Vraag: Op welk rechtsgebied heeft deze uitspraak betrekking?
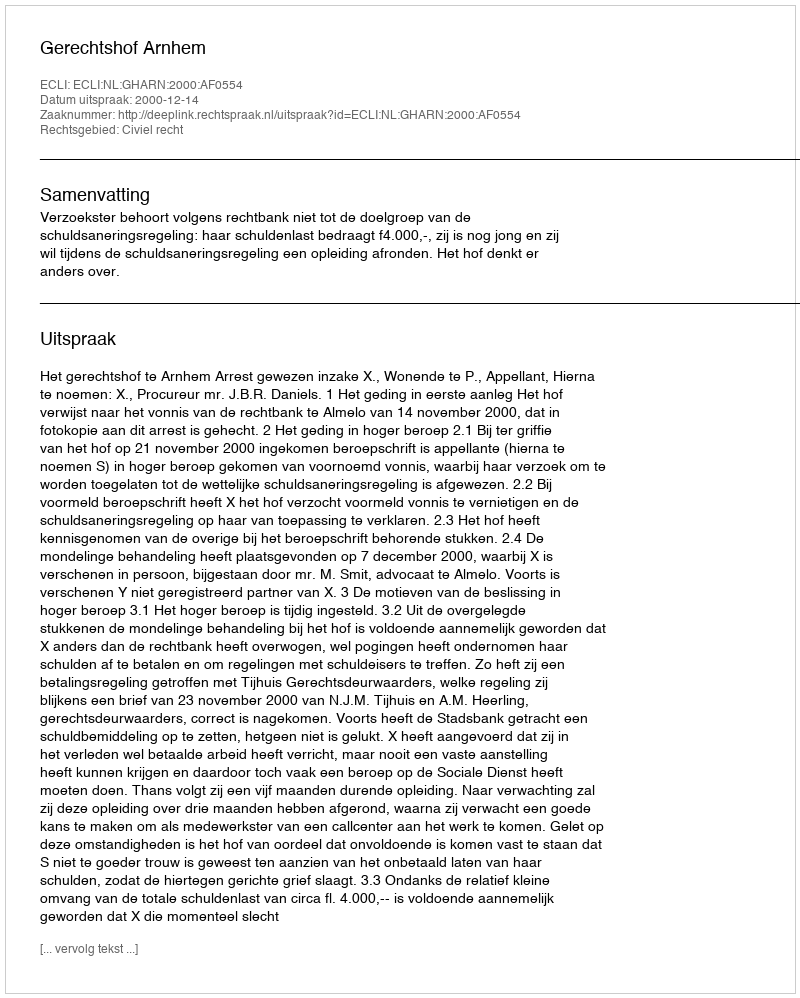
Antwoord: Civiel recht